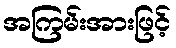
အကြမ်းအားဖြင့်